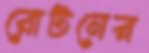
রোটনের